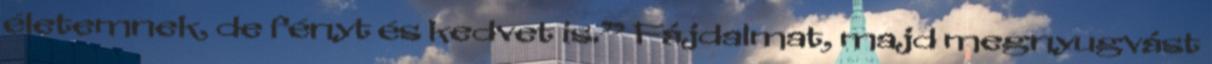
életemnek, de fényt és kedvet is.” Fájdalmat, majd megnyugvást